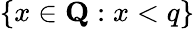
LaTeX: \{ x\in{\textbf{Q}}:x<q\}